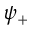
\psi _ { + }